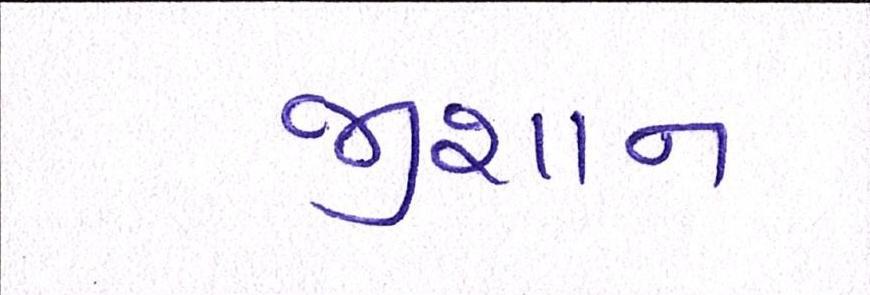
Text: જીશાન